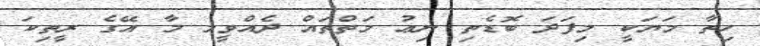
ހިތާ މަޔަކީ މިފަދަ ބޮޑެތި ނިޢު މަތްތައް ދެއްވީމ މާ އޭގެ ރީތިކަ